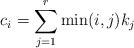
LaTeX: \begin{align*}c_i=\sum_{j=1}^{r}\min(i,j)k_j\end{align*}